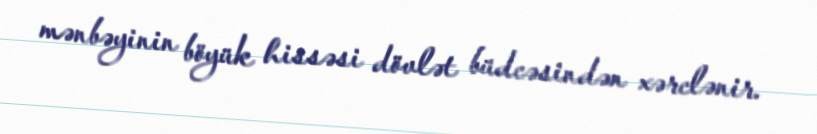
mənbəyinin böyük hissəsi dövlət büdcəsindən xərclənir.